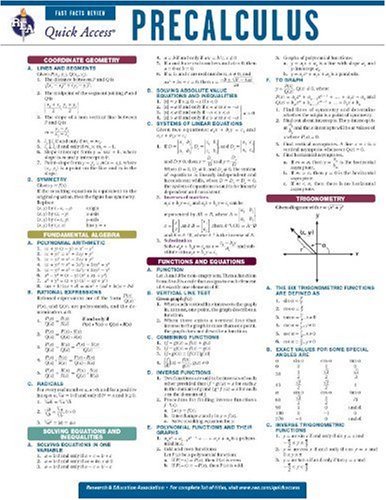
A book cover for Precalculus - REA's Quick Access Reference Chart (Quick Access Reference Charts); Editors of REA; Science & Math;